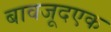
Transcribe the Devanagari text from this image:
बावजूदएक